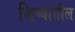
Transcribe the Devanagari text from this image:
शिष्यांतील